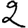
Digit: 2